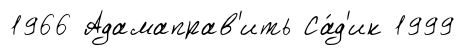
1966 Адамаправ'ить Са́д'ик 1999